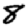
Digit: 8